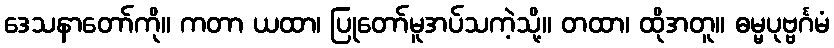
ဒေသနာတော်ကို။ ကတာ ယထာ၊ ပြုတော်မူအပ်သကဲ့သို့။ တထာ၊ ထိုအတူ။ ဓမ္မပုဗ္ဗင်္ဂမံ